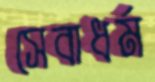
সেবাধর্ম